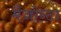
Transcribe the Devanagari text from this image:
मैजोन्टा